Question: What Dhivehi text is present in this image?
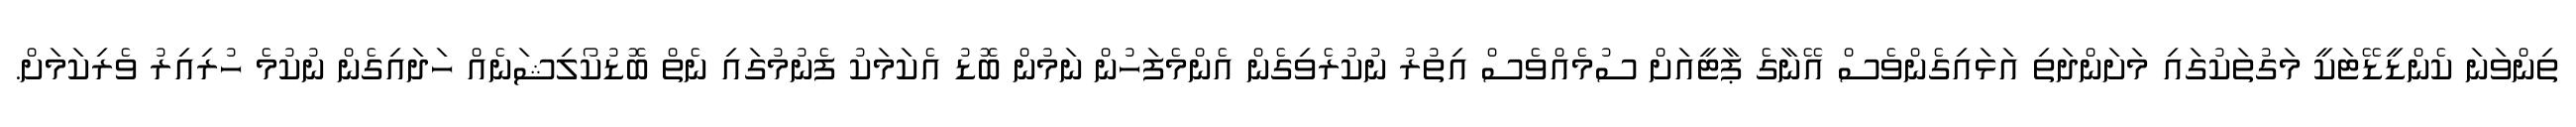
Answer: ތިންވަނަ ކެންޑީޑޭޓަކީ މަގުތަކުގައި މަށަންދަތި އަޅައިގެންވެސް އޭނާގެ ޕާޓީއަށް ސުމެއްވެސް އިތުރު ނުކުރެވިގެން އެންމެފަހުން ނަމުން ބޮޑު އެކަމަކު ފެނުމުގައި ނެތް ބޮޑުކޯލިޝަނެއް ހަދައިގެން ނުކުމެ ހުރިއިރު ވެރިކަމަށް.